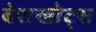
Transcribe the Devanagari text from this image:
बेराखोट्स